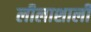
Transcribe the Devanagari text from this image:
लीलाशाली